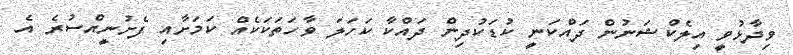
ވިދާޅުވީ އިލެކްޝަނުން ދައްކަނީ ކުޑަކުދިން ދައްކާ ކަހަލަ ވާހަތަކަކެއް ކަމަށާއި ފެށުނީއްސުރެ އެ